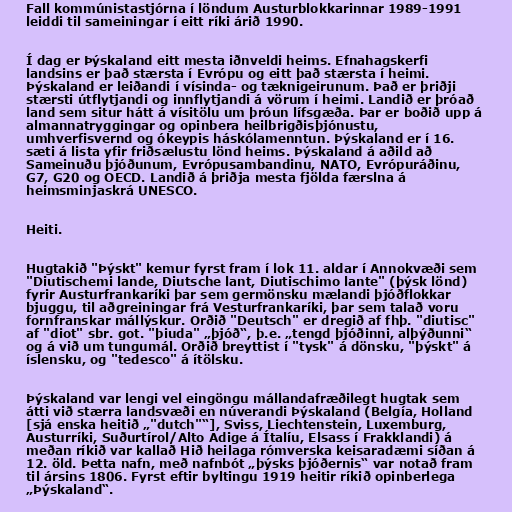
Fall kommúnistastjórna í löndum Austurblokkarinnar 1989-1991
leiddi til sameiningar í eitt ríki árið 1990.

Í dag er Þýskaland eitt mesta iðnveldi heims. Efnahagskerfi
landsins er það stærsta í Evrópu og eitt það stærsta í heimi.
Þýskaland er leiðandi í vísinda- og tæknigeirunum. Það er þriðji
stærsti útflytjandi og innflytjandi á vörum í heimi. Landið er þróað
land sem situr hátt á vísitölu um þróun lífsgæða. Þar er boðið upp á
almannatryggingar og opinbera heilbrigðisþjónustu,
umhverfisvernd og ókeypis háskólamenntun. Þýskaland er í 16.
sæti á lista yfir friðsælustu lönd heims. Þýskaland á aðild að
Sameinuðu þjóðunum, Evrópusambandinu, NATO, Evrópuráðinu,
G7, G20 og OECD. Landið á þriðja mesta fjölda færslna á
heimsminjaskrá UNESCO.

Heiti.

Hugtakið "Þýskt" kemur fyrst fram í lok 11. aldar í Annokvæði sem
"Diutischemi lande, Diutsche lant, Diutischimo lante" (þýsk lönd)
fyrir Austurfrankaríki þar sem germönsku mælandi þjóðflokkar
bjuggu, til aðgreiningar frá Vesturfrankaríki, þar sem talað voru
fornfranskar mállýskur. Orðið "Deutsch" er dregið af fhþ. "diutisc"
af "diot" sbr. got. "þiuda" „þjóð“, þ.e. „tengd þjóðinni, alþýðunni“
og á við um tungumál. Orðið breyttist í "tysk" á dönsku, "þýskt" á
íslensku, og "tedesco" á ítölsku.

Þýskaland var lengi vel eingöngu mállandafræðilegt hugtak sem
átti við stærra landsvæði en núverandi Þýskaland (Belgía, Holland
[sjá enska heitið „"dutch"“], Sviss, Liechtenstein, Luxemburg,
Austurríki, Suðurtírol/Alto Adige á Ítalíu, Elsass í Frakklandi) á
meðan ríkið var kallað Hið heilaga rómverska keisaradæmi síðan á
12. öld. Þetta nafn, með nafnbót „þýsks þjóðernis“ var notað fram
til ársins 1806. Fyrst eftir byltingu 1919 heitir ríkið opinberlega
„Þýskaland“.